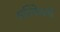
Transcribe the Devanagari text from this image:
अल्जिअर्स